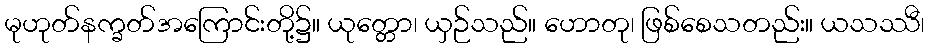
မုဟုတ်နက္ခတ်အကြောင်းတို့၌။ ယုတ္တော၊ ယှဉ်သည်။ ဟောတု၊ ဖြစ်စေသတည်း။ ယသဿီ၊